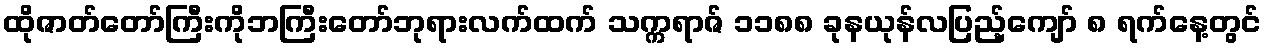
ထိုဇာတ်တော်ကြီးကိုဘကြီးတော်ဘုရားလက်ထက် သက္ကရာဇ် ၁၁၈၈ ခုနယုန်လပြည့်ကျော် ၈ ရက်နေ့တွင်